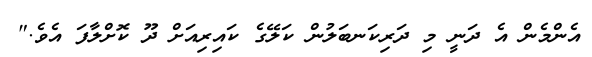
އެންމެން އެ ދަނީ މި ދަރިކަނބަލުން ކަލޭގެ ކައިރިއަށް ދޫ ކޮށްލާފަ އެވެ."